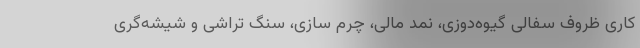
کاری ظروف سفالی گیوه‌دوزی، نمد مالی، چرم سازی، سنگ تراشی و شیشه‌گری